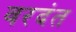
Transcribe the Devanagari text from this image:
वरदंत